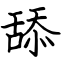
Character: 舔